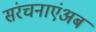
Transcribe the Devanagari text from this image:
संरचनाएंअब